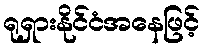
ရုရှားနိုင်ငံအနေဖြင့်